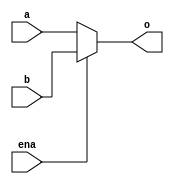
`timescale 1ns / 1ps
//21 5
module mux2x5(
    input [4:0]a,
    input [4:0]b,
    input ena,
    output [4:0]o
    );
    assign o=ena?b:a;
endmodule